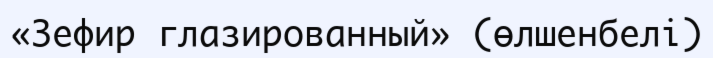
«Зефир глазированный» (өлшенбелі)